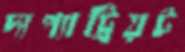
দ্যপ্যাট্রিয়ট